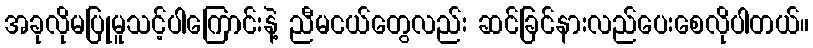
အခုလိုမပြုမူသင့်ပါကြောင်းနဲ့ ညီမငယ်တွေလည်း ဆင်ခြင်နားလည်ပေးစေလိုပါတယ်။